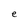
Character: e